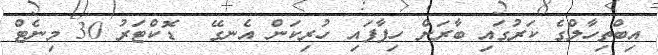
އިބްތިހާލްގެ ކަރުގައި ބާރަށް ހިފާފައި ހުރިކަން އެނގޭ  ޑޮކްޓަރު 30 މިނެޓް